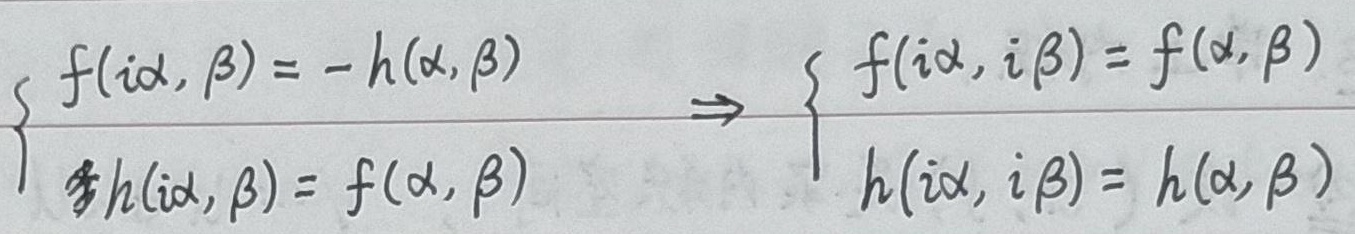
\[
\begin{cases}
f(i\alpha, \beta)= - h(\alpha, \beta)\\
h(i\alpha, \beta)= f(\alpha, \beta)
\end{cases}
\quad\Rightarrow\quad
\begin{cases}
f(i\alpha, i\beta)= f(\alpha, \beta)\\
h(i\alpha, i\beta)= h(\alpha, \beta)
\end{cases}
\]